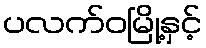
ပလက်ဝမြို့နှင့်